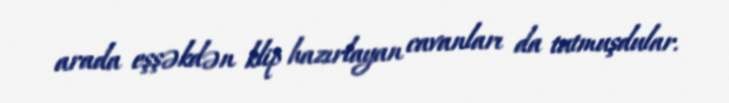
arada eşşəkdən klip hazırlayan cavanları da tutmuşdular.